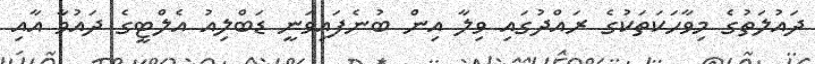
ދައުލަތުގެ މިވާހަކަތަކުގެ ރައްދުގައި ވިލާ އިން ބުނެފައިވަނީ ޑަބްލިއު އެލްޓީގެ ދައުވާ އާއި